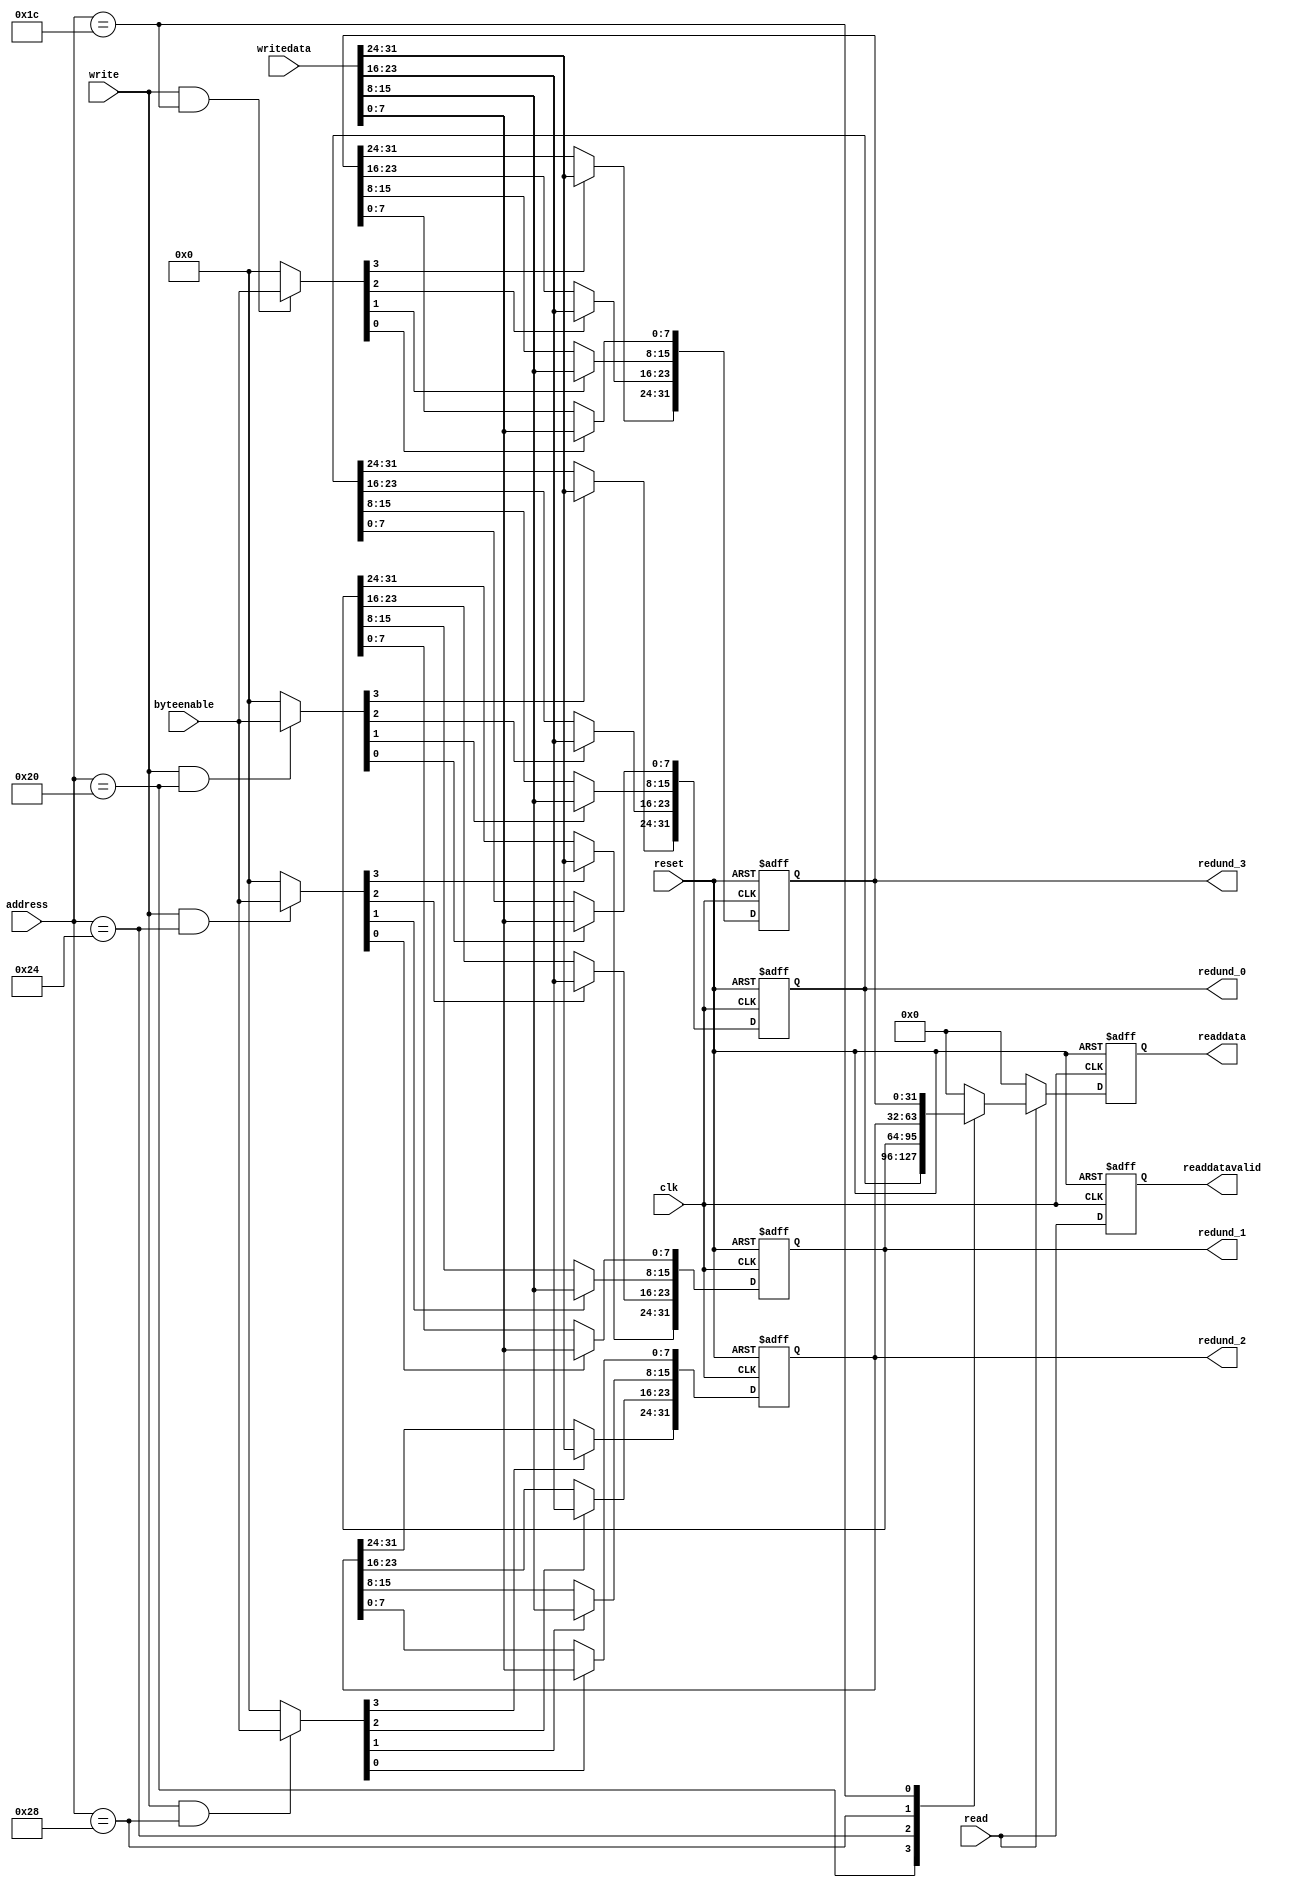
// SPDX-License-Identifier: Apache-2.0
// Copyright (C) 2019 Intel Corporation. 
//-----------------------------------------------------------------------------------------------//
//-----------------------------------------------------------------------------------------------//



module aib_avmm_io_csr (
output	reg [31:0] redund_0,
output	reg [31:0] redund_1,
output	reg [31:0] redund_2,
output	reg [31:0] redund_3,

//Bus Interface
input clk,

input reset,
input [31:0] writedata,
input read,
input write,
input [3:0] byteenable,
output reg [31:0] readdata,
output reg readdatavalid,
input [6:0] address

);

wire reset_n = !reset;	

// Protocol management
// combinatorial read data signal declaration
reg [31:0] rdata_comb;

// synchronous process for the read
always @(negedge reset_n ,posedge clk)  
   if (!reset_n) readdata[31:0] <= 32'h0; else readdata[31:0] <= rdata_comb[31:0];

// read data is always returned on the next cycle
always @(negedge reset_n , posedge clk)
   if (!reset_n) readdatavalid <= 1'b0; else readdatavalid <= read;
//
//  Protocol specific assignment to inside signals
//
wire        we = write;
wire        re = read;
wire [6:0]  addr = address[6:0];
wire [31:0] din  = writedata [31:0];

// A write byte enable for each register

wire	[3:0]  we_redund_0 = we & (addr[6:0] == 7'h20) ? byteenable[3:0] : {4{1'b0}};
wire	[3:0]  we_redund_1 = we & (addr[6:0] == 7'h24) ? byteenable[3:0] : {4{1'b0}};
wire	[3:0]  we_redund_2 = we & (addr[6:0] == 7'h28) ? byteenable[3:0] : {4{1'b0}};
wire	[3:0]  we_redund_3 = we & (addr[6:0] == 7'h1c) ? byteenable[3:0] : {4{1'b0}};

// A read byte 	enable for each register


always @( negedge  reset_n,  posedge clk)
   if (!reset_n)  begin
      redund_0[31:0] <= 32'h00000000;
   end
   else begin
      if (we_redund_0[0]) begin 
         redund_0[7:0]   <=  din[7:0];  
      end
      if (we_redund_0[1]) begin 
         redund_0[15:8]  <=  din[15:8];  
      end
      if (we_redund_0[2]) begin 
         redund_0[23:16] <=  din[23:16]; 
      end
      if (we_redund_0[3]) begin 
         redund_0[31:24] <=  din[31:24];
      end
end

always @( negedge  reset_n,  posedge clk)
   if (!reset_n)  begin
      redund_1[31:0]<= 32'h00000000;
   end
   else begin
      if (we_redund_1[0]) begin  
         redund_1[7:0]   <=  din[7:0];  
      end
      if (we_redund_1[1]) begin         
         redund_1[15:8]  <=  din[15:8];  
      end
      if (we_redund_1[2]) begin          
         redund_1[23:16] <=  din[23:16];  
      end
      if (we_redund_1[3]) begin          
         redund_1[31:24] <=  din[31:24];  
      end
end

always @( negedge  reset_n,  posedge clk)
   if (!reset_n)  begin
      redund_2[31:0] <= 32'h00000000;
   end
   else begin
      if (we_redund_2[0]) begin  
         redund_2[7:0]   <=  din[7:0];  
      end
      if (we_redund_2[1]) begin         
         redund_2[15:8]  <=  din[15:8];  
      end
      if (we_redund_2[2]) begin          
         redund_2[23:16] <=  din[23:16];  
      end
      if (we_redund_2[3]) begin          
         redund_2[31:24] <=  din[31:24];  
      end
end


always @( negedge  reset_n,  posedge clk)
   if (!reset_n)  begin
      redund_3[31:0]<= 32'h00000000;
   end
   else begin
      if (we_redund_3[0]) begin
         redund_3[7:0]   <=  din[7:0];
      end
      if (we_redund_3[1]) begin
         redund_3[15:8]  <=  din[15:8];
      end
      if (we_redund_3[2]) begin
         redund_3[23:16] <=  din[23:16];
      end
      if (we_redund_3[3]) begin
         redund_3[31:24] <=  din[31:24];
      end
end



// read process
always @ (*)
begin
rdata_comb = 32'h0;
   if(re) begin
      case (addr)  
	7'h20 : begin
		rdata_comb = redund_0;
	end
	7'h24 : begin
		rdata_comb = redund_1;
	end
	7'h28 : begin
		rdata_comb = redund_2;
	end
	7'h1c : begin
		rdata_comb = redund_3;
	end
	default : begin
		rdata_comb = 32'h00000000;
	end
      endcase
   end
end

endmodule